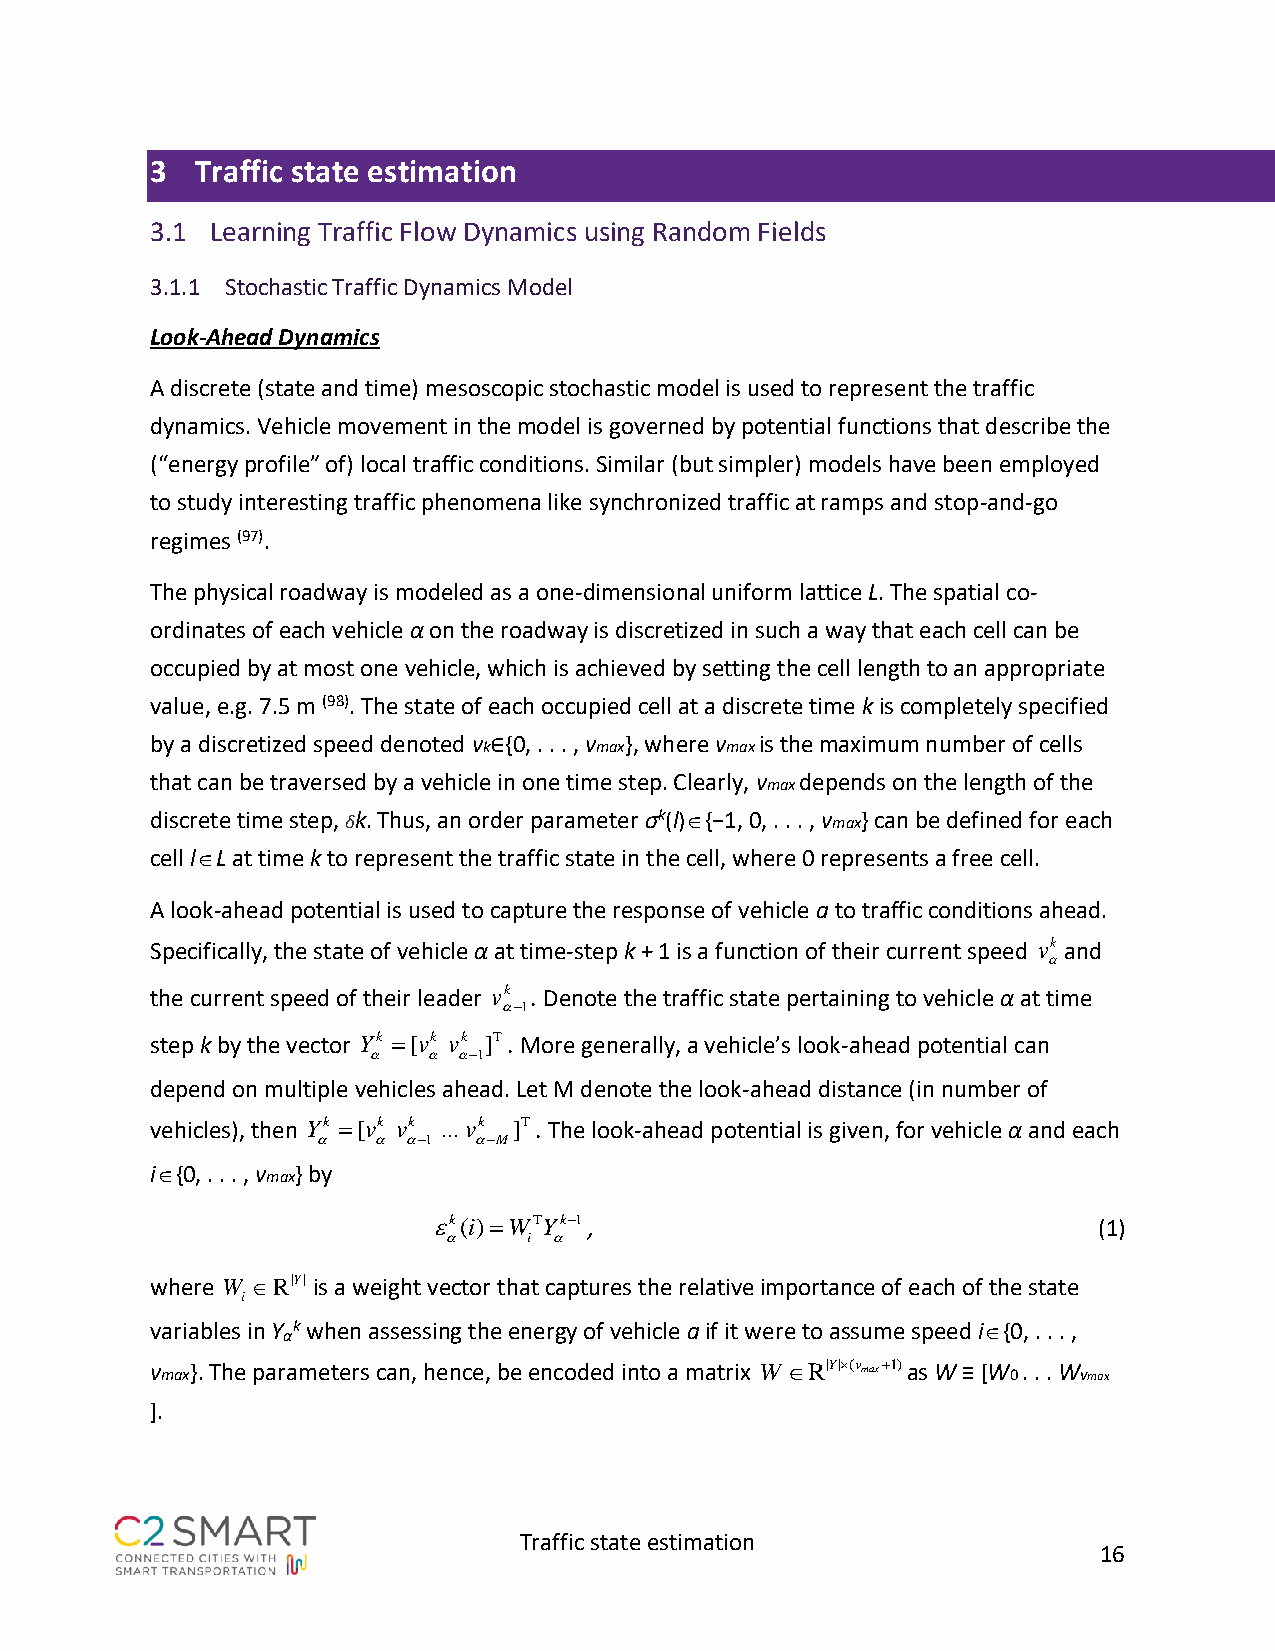
3  Traffic state estimation
 3.1 Learning Traffic Flow Dynamics using Random Fields
 3.1.1 Stochastic Traffic Dynamics Model
 Look-Ahead Dynamics
 A discrete (state and time) mesoscopic stochastic model is used to represent the traffic
 dynamics. Vehicle movement in the model is governed by potential functions that describe the
 (“energy profile” of) local traffic conditions. Similar (but simpler) models have been employed
 to study interesting traffic phenomena like synchronized traffic at ramps and stop-and-go
 regimes (97).
 The physical roadway is modeled as a one-dimensional uniform lattice L. The spatial co-
 ordinates of each vehicle α on the roadway is discretized in such a way that each cell can be
 occupied by at most one vehicle, which is achieved by setting the cell length to an appropriate
 value, e.g. 7.5 m (98). The state of each occupied cell at a discrete time k is completely specified
 by a discretized speed denoted vk∈{0, . . . , vmax}, where vmax is the maximum number of cells
 that can be traversed by a vehicle in one time step. Clearly, vmax depends on the length of the
 discrete time step, δk. Thus, an order parameter σk(l) {−1, 0, . . . , vmax} can be defined for each
 cell l L at time k to represent the traffic state in the cell, where 0 represents a free cell.
 A look-ahead potential is used to capture the response of vehicle a to traffic conditions ahead.
 Specifically, the state of vehicle α at time-step k + 1 is a function of their current speed and
 
 the current speed of their leader . Denote the traffic state pertaining to vehicle α at time
 
 step k by the vector    . More generally, a vehicle’s look-ahead potential can
     
 depend on multiple vehicles ahead. Let M denote the look-ahead distance (in number of
 vehicles), then          . The look-ahead potential is given, for vehicle α and each
        
 i{0, . . . , vmax} by
 k(i)=WTYk−1,                               (1)
      i 
 where W R|Y| is a weight vector that captures the relative importance of each of the state
 i
 variables in Y k when assessing the energy of vehicle a if it were to assume speed i{0, . . . ,
 α
 vmax}. The parameters can, hence, be encoded into a matrix WR|Y|(v max+1)as W ≡ [W0 . . . Wvmax
 ].
 Traffic state estimation
 16
 
 Y k =
 Y
 [ v
 k
 k
 =
 v
 [
 k
 v
 −
 k
 1
 k v
 −
 .. . v
 1
 k
 v
 T]
 − M
 k
 −
 ]
 1
 T
 
 v k